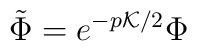
\tilde{\Phi} = e^{-p {\cal K}/2} \Phi